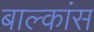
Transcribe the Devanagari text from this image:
बाल्कांस